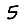
Digit: 5